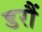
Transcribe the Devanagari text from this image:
डरौं